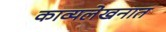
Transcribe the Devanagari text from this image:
काव्यलेखनात